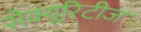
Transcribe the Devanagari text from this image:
सेक्यूरिटीज